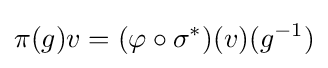
\pi (g)v=(\varphi \circ \sigma ^{*})(v)(g^{-1})